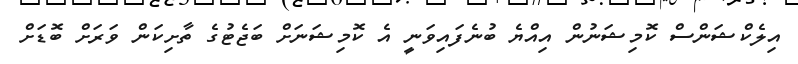
އިލެކްޝަންސް ކޮމިޝަނުން އިއްޔެ ބުނެފައިވަނީ އެ ކޮމިޝަނަށް ބަޖެޓުގެ ތާށިކަން ވަރަށް ބޮޑަށް